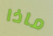
ماذا